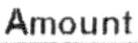
AMOUNT